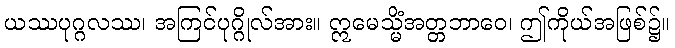
ယဿပုဂ္ဂလဿ၊ အကြင်ပုဂ္ဂိုလ်အား။ ဣမေသ္မိံအတ္တဘာဝေ၊ ဤကိုယ်အဖြစ်၌။